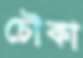
চৌকা